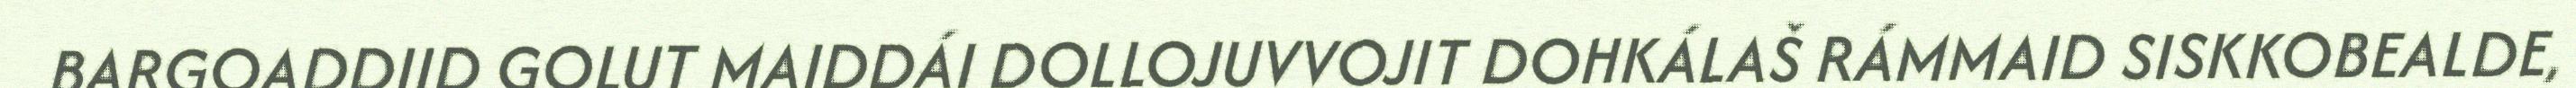
BARGOADDIID GOLUT MAIDDÁI DOLLOJUVVOJIT DOHKÁLAŠ RÁMMAID SISKKOBEALDE,